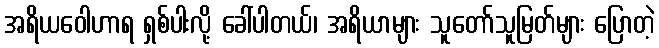
အရိယဝေါဟာရ ရှစ်ပါးလို့ ခေါ်ပါတယ်၊ အရိယာများ သူတော်သူမြတ်များ ပြောတဲ့